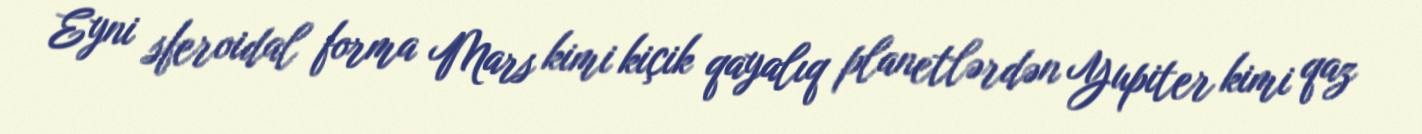
Eyni sferoidal forma Mars kimi kiçik qayalıq planetlərdən Yupiter kimi qaz